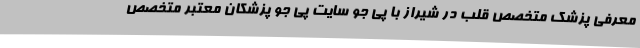
معرفی پزشک متخصص قلب در شیراز با پی جو سایت پی جو پزشکان معتبر متخصص